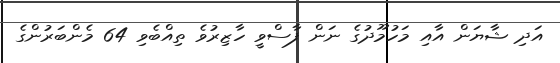
އަދި ޝާޔަން އާއި މަހުމޫދުގެ ނަން ފާސްވީ ހާޒިރުވެ ތިއްބެވި 64 މެންބަރުންގެ